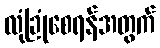
လုံခြုံစေရန်အတွက်